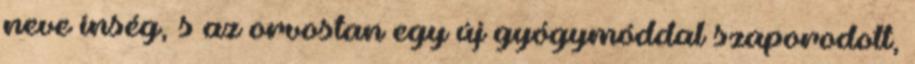
neve ínség, s az orvostan egy új gyógymóddal szaporodott,